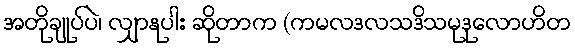
အတိုချုပ်ပဲ၊ လျှာနုပါး ဆိုတာက (ကမလဒလသဒိသမုဒုလောဟိတ